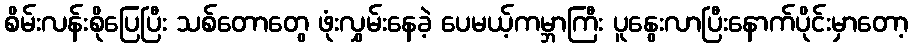
စိမ်းလန်းစိုပြေပြီး သစ်တောတွေ ဖုံးလွှမ်းနေခဲ့ ပေမယ့်ကမ္ဘာကြီး ပူနွေးလာပြီးနောက်ပိုင်းမှာတော့